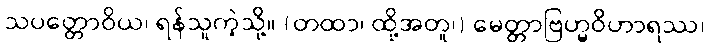
သပတ္တောဝိယ၊ ရန်သူကဲ့သို့။ (တထာ၊ ထို့အတူ၊) မေတ္တာဗြဟ္မဝိဟာရဿ၊